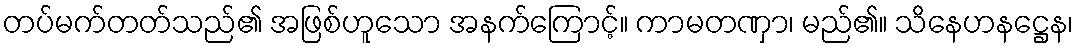
တပ်မက်တတ်သည်၏ အဖြစ်ဟူသော အနက်ကြောင့်။ ကာမတဏှာ၊ မည်၏။ သိနေဟနဋ္ဌေန၊